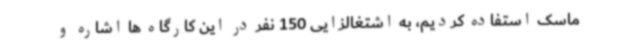
ماسک استفاده کردیم، به اشتغالزایی 150 نفر در این کارگاه ها اشاره و